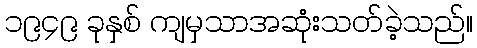
၁၉၄၉ ခုနှစ် ကျမှသာအဆုံးသတ်ခဲ့သည်။